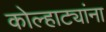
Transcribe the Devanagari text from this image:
कोल्हाट्यांना